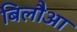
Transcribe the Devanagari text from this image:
बिलौआ